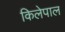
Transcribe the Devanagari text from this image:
किलेपाल